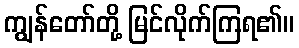
ကျွန်တော်တို့ မြင်လိုက်ကြရ၏။